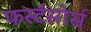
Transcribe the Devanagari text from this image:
फर्स्टसोर्स